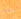
متن